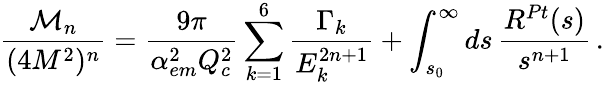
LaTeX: \frac{{\cal M}_{n}}{(4M^{2})^{n}}=\frac{9\pi}{\alpha_{em}^{2}Q_{c}^{2}}\sum_{k=1}^{6}\frac{\Gamma_{k}}{E_{k}^{2n+1}}+\int_{s_{0}}^{\infty}ds\, \frac{R^{Pt}(s)}{s^{n+1}}\, .